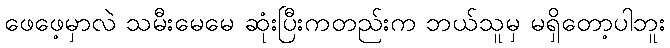
ဖေဖေ့မှာလဲ သမီးမေမေ ဆုံးပြီးကတည်းက ဘယ်သူမှ မရှိတော့ပါဘူး